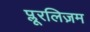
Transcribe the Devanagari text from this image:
प्लूरलिज़म